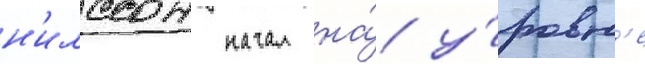
н'илссон начал на́ у́ровн'е